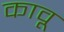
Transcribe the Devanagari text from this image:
कावू